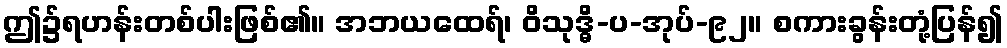
ဤ၌ရဟန်းတစ်ပါးဖြစ်၏။ အဘယထေရ်၊ ဝိသုဒ္ဓိ-ပ-အုပ်-၉၂။ စကားခွန်းတုံ့ပြန်၍